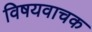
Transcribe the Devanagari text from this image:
विषयवाचक